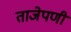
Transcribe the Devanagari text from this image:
ताजेपणी